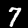
Digit: 7